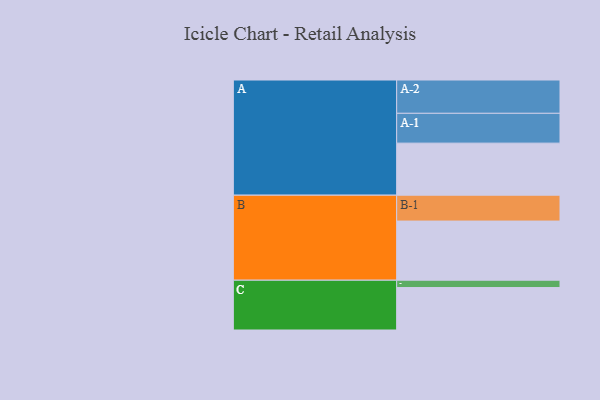
{"axis": {"x": "Segment", "y": "Value"}, "legend": ["", "A", "B", "C"], "data": [{"x": "A", "y": 433, "type": ""}, {"x": "B", "y": 492, "type": ""}, {"x": "C", "y": 353, "type": ""}, {"x": "A-1", "y": 248, "type": "A"}, {"x": "A-2", "y": 277, "type": "A"}, {"x": "B-1", "y": 215, "type": "B"}, {"x": "C-1", "y": 61, "type": "C"}]}